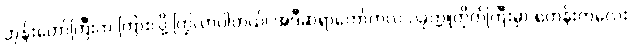
ဘုန်းတော်ကြီးက ကြားလို့ ကြွလာပါတယ်၊ အဲဒီဆရာတော်ကလဲ ပခုက္ကူတိုက်ကြီးမှာ ရဟန်းကလေး